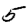
Digit: 5